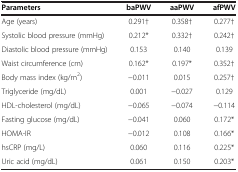
<table><thead><tr><td><b>Parameters</b></td><td><b>baPWV</b></td><td><b>aaPWV</b></td><td><b>afPWV</b></td></tr></thead><tbody><tr><td>Age (years)</td><td>0.291†</td><td>0.358†</td><td>0.277†</td></tr><tr><td>Systolic blood pressure (mmHg)</td><td>0.212*</td><td>0.332†</td><td>0.242†</td></tr><tr><td>Diastolic blood pressure (mmHg)</td><td>0.153</td><td>0.140</td><td>0.139</td></tr><tr><td>Waist circumference (cm)</td><td>0.162*</td><td>0.197*</td><td>0.352†</td></tr><tr><td>Body mass index (kg/m<sup>2</sup>)</td><td>−0.011</td><td>0.015</td><td>0.257†</td></tr><tr><td>Triglyceride (mg/dL)</td><td>0.001</td><td>−0.027</td><td>0.129</td></tr><tr><td>HDL-cholesterol (mg/dL)</td><td>−0.065</td><td>−0.074</td><td>−0.114</td></tr><tr><td>Fasting glucose (mg/dL)</td><td>−0.041</td><td>0.060</td><td>0.172*</td></tr><tr><td>HOMA-IR</td><td>−0.012</td><td>0.108</td><td>0.166*</td></tr><tr><td>hsCRP (mg/L)</td><td>0.060</td><td>0.116</td><td>0.225*</td></tr><tr><td>Uric acid (mg/dL)</td><td>0.061</td><td>0.150</td><td>0.203*</td></tr></tbody></table>